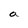
Character: a